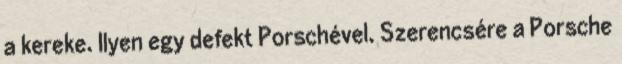
a kereke. Ilyen egy defekt Porschével. Szerencsére a Porsche